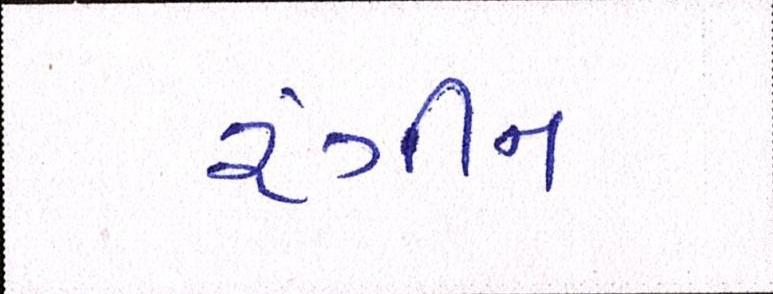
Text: રંગીન